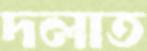
দলাত